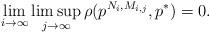
LaTeX: \begin{align*}\lim_{i\rightarrow\infty }\limsup_{j\rightarrow\infty}\rho( p^{N_i, M_{i,j}},p^*) = 0.\end{align*}